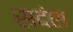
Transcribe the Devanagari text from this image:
सदंश